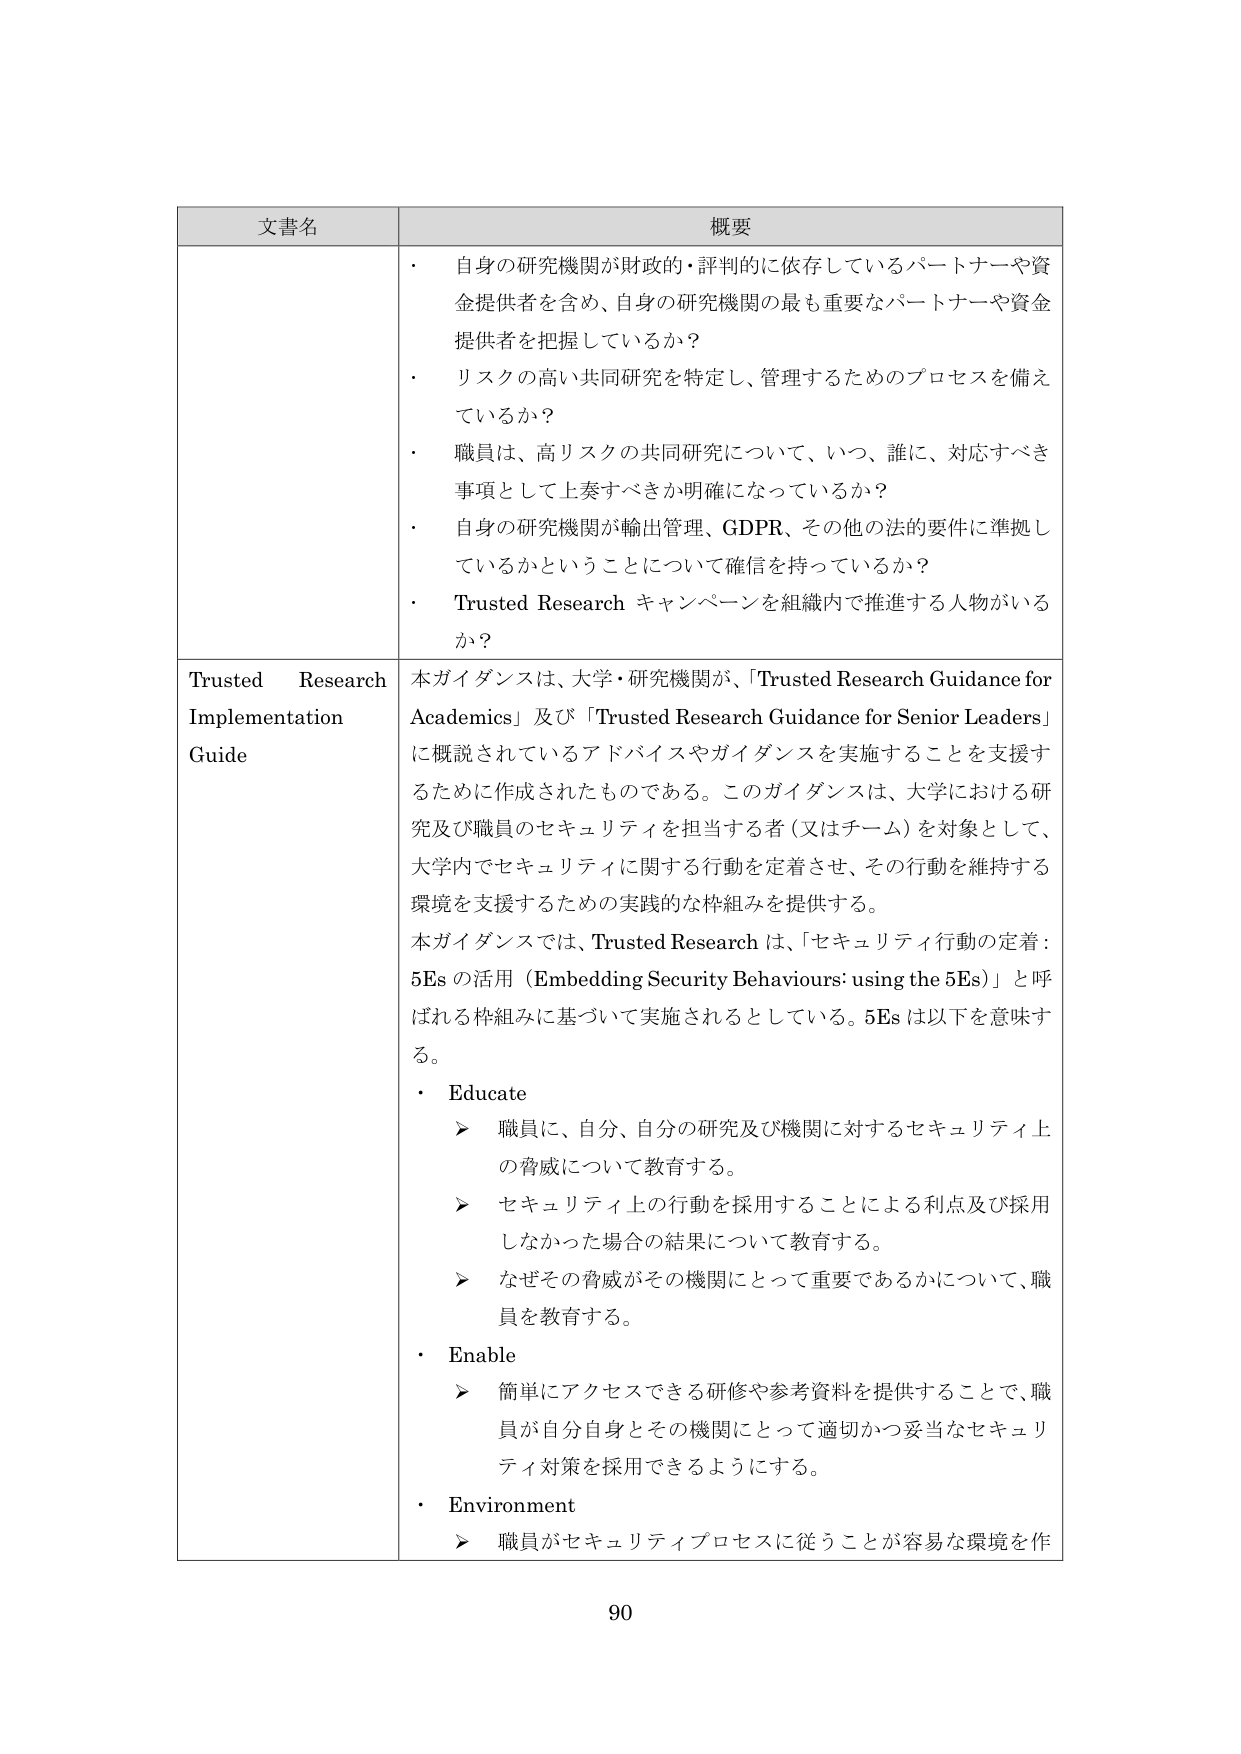
文書名 概要
・ 自身の研究機関が財政的・評判的に依存しているパートナーや資金提供者を含め、自身の研究機関の最も重要なパートナーや資金提供者を把握しているか？
・ リスクの高い共同研究を特定し、管理するためのプロセスを備えているか？
・ 職員は、高リスクの共同研究について、いつ、誰に、対応すべき事項として上奏すべきか明確になっているか？
・ 自身の研究機関が輸出管理、GDPR、その他の法的要件に準拠しているかということについて確信を持っているか？
・ Trusted Research キャンペーンを組織内で推進する人物がいるか？
Trusted Research Implementation Guide 本ガイダンスは、大学・研究機関が、「Trusted Research Guidance for Academics」及び「Trusted Research Guidance for Senior Leaders」に概説されているアドバイスやガイダンスを実施することを支援するために作成されたものである。このガイダンスは、大学における研究及び職員のセキュリティを担当する者（又はチーム）を対象として、大学内でセキュリティに関する行動を定着させ、その行動を維持する環境を支援するための実践的な枠組みを提供する。
本ガイダンスでは、Trusted Research は、「セキュリティ行動の定着：5Es の活用（Embedding Security Behaviours: using the 5Es）」と呼ばれる枠組みに基づいて実施されるとしている。5Es は以下を意味する。
・ Educate
➤ 職員に、自分、自分の研究及び機関に対するセキュリティ上の脅威について教育する。
➤ セキュリティ上の行動を採用することによる利点及び採用しなかった場合の結果について教育する。
➤ なぜその脅威がその機関にとって重要であるかについて、職員を教育する。
・ Enable
➤ 簡単にアクセスできる研修や参考資料を提供することで、職員が自分自身とその機関にとって適切かつ妥当なセキュリティ対策を採用できるようにする。
・ Environment
➤ 職員がセキュリティプロセスに従うことが容易な環境を作
90